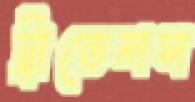
ট্রাভেলস